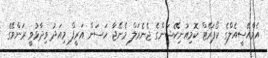
އެމްއޭސީއެލްގެ ކޯޕަރޭޓް ކޮމިއުނިކޭޝަންގެ ޖެނެރަލް މެނޭޖާ ހަސަން އަރީފް މިއަދު ވިދާޅުވީ ރަންވޭގެ